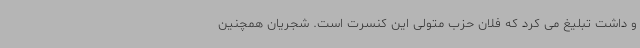
و داشت تبلیغ می کرد که فلان حزب متولی این کنسرت است. شجریان همچنین